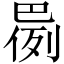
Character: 𫶸